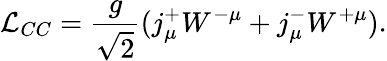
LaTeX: {\mathcal{L}}_{CC}={\frac{g}{\sqrt{2}}}(j_{\mu}^{+}W^{-\mu}+j_{\mu}^{-}W^{+\mu}).